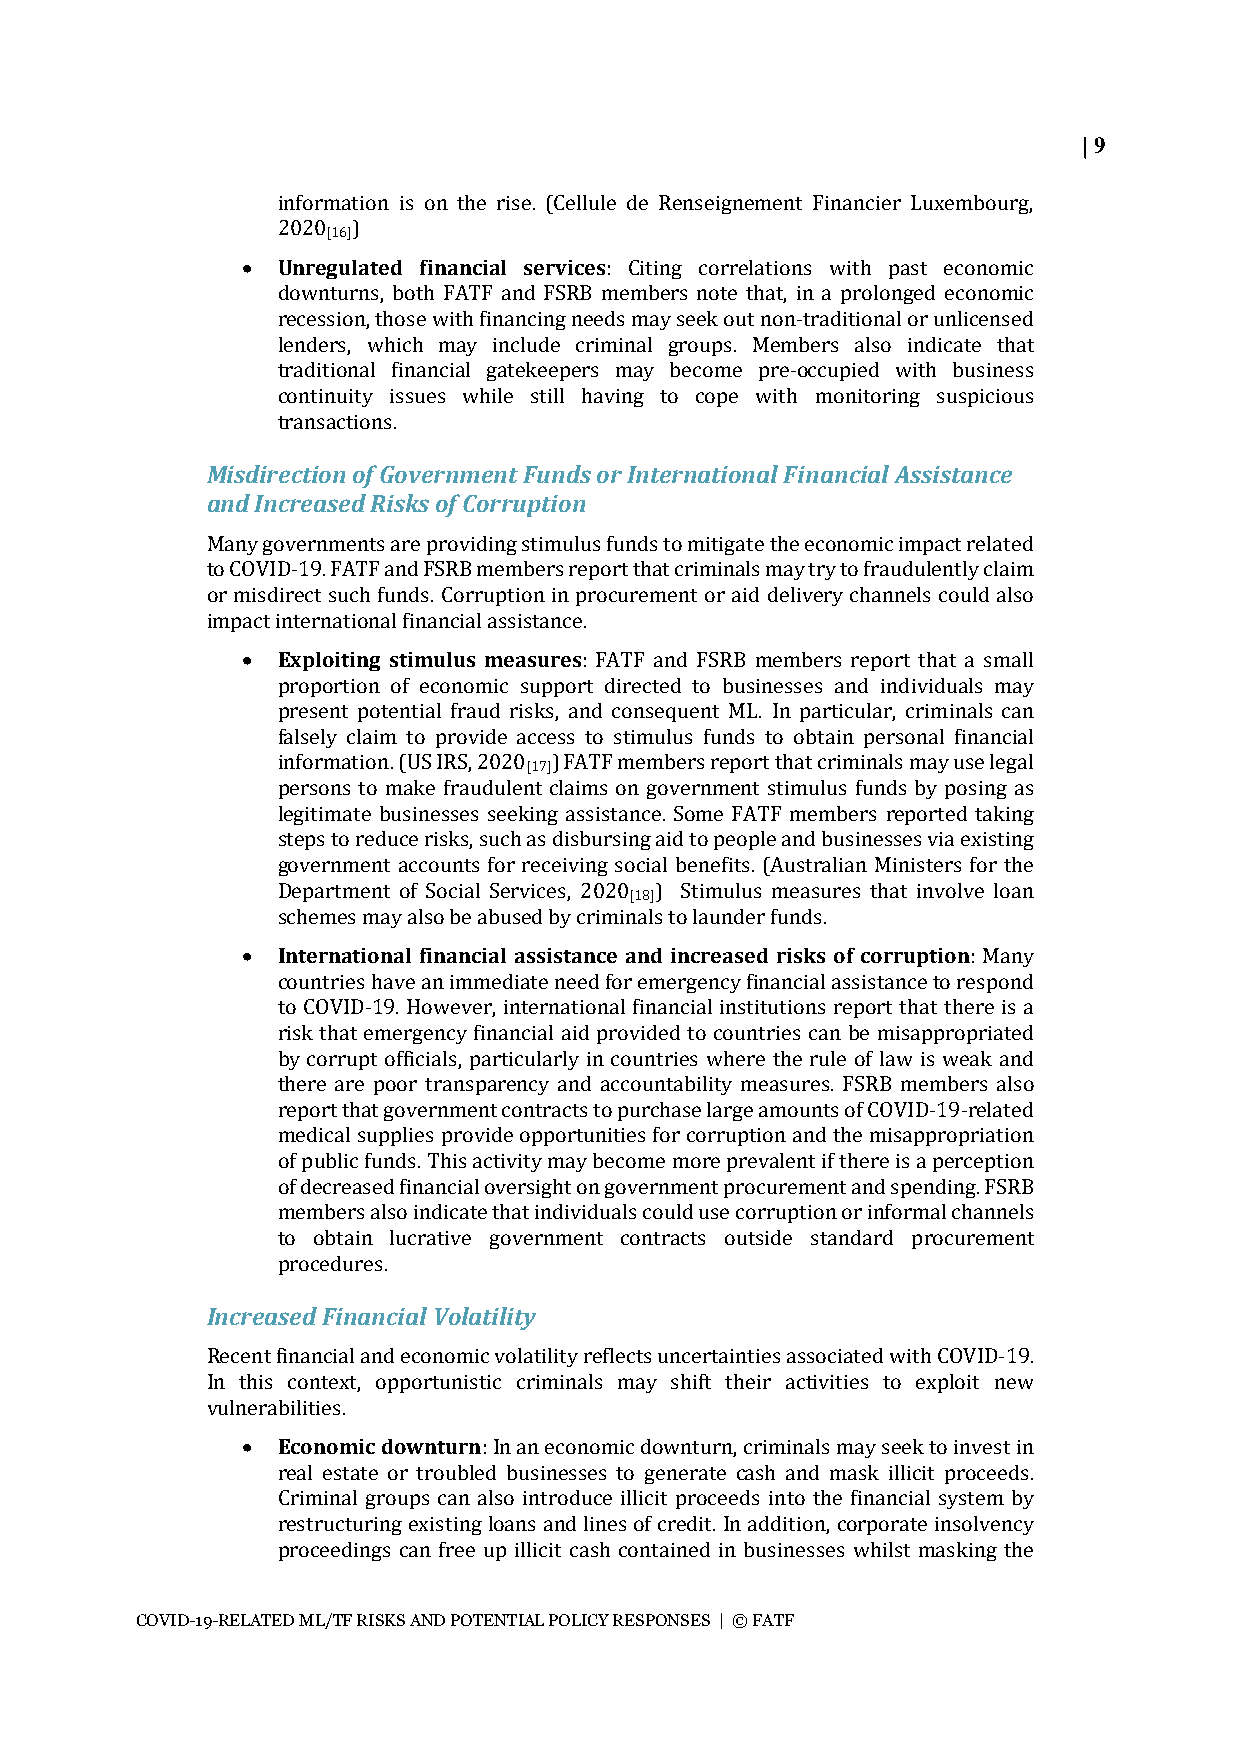
| 9
 information is on the rise. (Cellule de Renseignement Financier Luxembourg,
 2020 )
 [16]
 • Unregulated financial services: Citing correlations with past economic
 downturns, both FATF and FSRB members note that, in a prolonged economic
 recession, those with financing needs may seek out non-traditional or unlicensed
 lenders, which may include criminal groups. Members also indicate that
 traditional financial gatekeepers may become pre-occupied with business
 continuity issues while still having to cope with monitoring suspicious
 transactions.
 Misdirection of Government Funds or International Financial Assistance
 and Increased Risks of Corruption
 Many governments are providing stimulus funds to mitigate the economic impact related
 to COVID-19. FATF and FSRB members report that criminals may try to fraudulently claim
 or misdirect such funds. Corruption in procurement or aid delivery channels could also
 impact international financial assistance.
 • Exploiting stimulus measures: FATF and FSRB members report that a small
 proportion of economic support directed to businesses and individuals may
 present potential fraud risks, and consequent ML. In particular, criminals can
 falsely claim to provide access to stimulus funds to obtain personal financial
 information. (US IRS, 2020 ) FATF members report that criminals may use legal
 [17]
 persons to make fraudulent claims on government stimulus funds by posing as
 legitimate businesses seeking assistance. Some FATF members reported taking
 steps to reduce risks, such as disbursing aid to people and businesses via existing
 government accounts for receiving social benefits. (Australian Ministers for the
 Department of Social Services, 2020 ) Stimulus measures that involve loan
 [18]
 schemes may also be abused by criminals to launder funds.
 • International financial assistance and increased risks of corruption: Many
 countries have an immediate need for emergency financial assistance to respond
 to COVID-19. However, international financial institutions report that there is a
 risk that emergency financial aid provided to countries can be misappropriated
 by corrupt officials, particularly in countries where the rule of law is weak and
 there are poor transparency and accountability measures. FSRB members also
 report that government contracts to purchase large amounts of COVID-19-related
 medical supplies provide opportunities for corruption and the misappropriation
 of public funds. This activity may become more prevalent if there is a perception
 of decreased financial oversight on government procurement and spending. FSRB
 members also indicate that individuals could use corruption or informal channels
 to obtain lucrative government contracts outside standard procurement
 procedures.
 Increased Financial Volatility
 Recent financial and economic volatility reflects uncertainties associated with COVID-19.
 In this context, opportunistic criminals may shift their activities to exploit new
 vulnerabilities.
 • Economic downturn: In an economic downturn, criminals may seek to invest in
 real estate or troubled businesses to generate cash and mask illicit proceeds.
 Criminal groups can also introduce illicit proceeds into the financial system by
 restructuring existing loans and lines of credit. In addition, corporate insolvency
 proceedings can free up illicit cash contained in businesses whilst masking the
 COVID-19-RELATED ML/TF RISKS AND POTENTIAL POLICY RESPONSES | © FATF